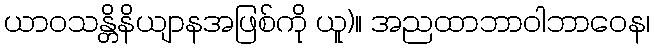
ယာဝသန္တိနိယျာနအဖြစ်ကို ယူ)။ အညထာဘာဝါဘာဝေန၊